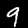
Digit: 9